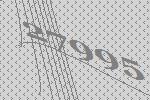
27995